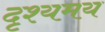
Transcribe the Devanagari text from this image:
दृश्यमय